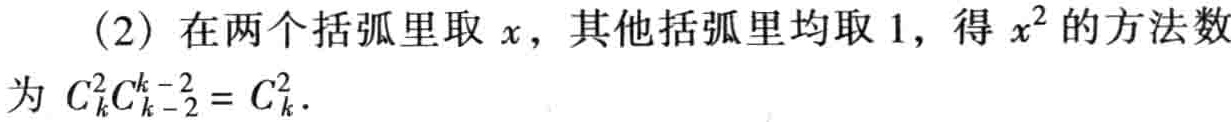
(2) 在两个括弧里取 \(x\)，其他括弧里均取 \(1\)，得 \(x^{2}\) 的方法数为 \(C_{k}^{2}C_{k - 2}^{k - 2}=C_{k}^{2}\)．